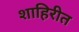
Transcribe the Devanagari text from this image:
शाहिरीत